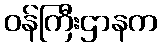
ဝန်ကြီးဌာနက